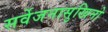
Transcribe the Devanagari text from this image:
सर्वेजनासुखिनो